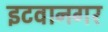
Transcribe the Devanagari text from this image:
इटवानगर